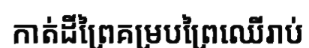
កាត់ដីព្រៃគម្របព្រៃឈើរាប់